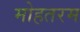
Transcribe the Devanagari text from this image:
मोहतरम